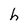
Character: h